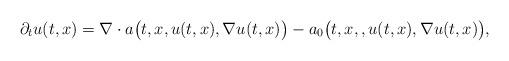
LaTeX: \begin{align*}\partial_t u(t,x) = \nabla \cdot a\big(t,x,u(t,x),\nabla u(t,x)\big) - a_0\big(t,x,,u(t,x),\nabla u(t,x)\big),\end{align*}